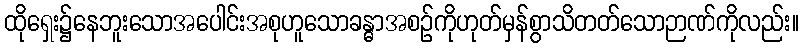
ထိုရှေး၌နေဘူးသောအပေါင်းအစုဟူသောခန္ဓာအစဉ်ကိုဟုတ်မှန်စွာသိတတ်သောဉာဏ်ကိုလည်း။